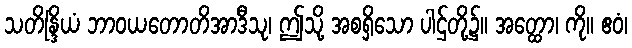
သတိန္ဒြိယံ ဘာဝယတောတိအာဒီသု၊ ဤသို့ အစရှိသော ပါဌ်တို့၌။ အတ္ထော၊ ကို။ ဧဝံ၊